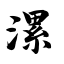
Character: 漯